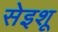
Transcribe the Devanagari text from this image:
सेइशू